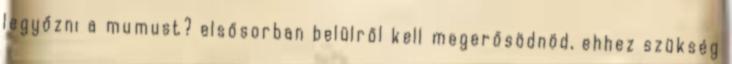
legyőzni a mumust? elsősorban belülről kell megerősödnöd, ehhez szükség